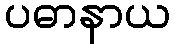
ပဓာနာယ